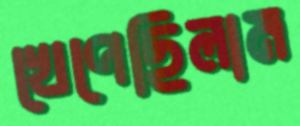
খেপেছিলাম